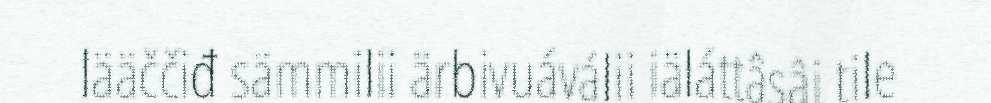
lääččiđ sämmilii ärbivuáválii iäláttâsâi tile